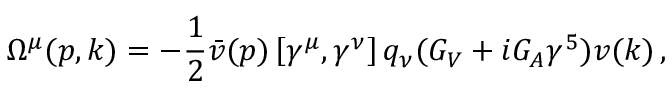
\Omega ^ { \mu } ( p , k ) = - \frac { 1 } { 2 } \bar { v } ( p ) \left[ \gamma ^ { \mu } , \gamma ^ { \nu } \right] q _ { \nu } ( G _ { V } + i G _ { A } \gamma ^ { 5 } ) v ( k ) \, ,